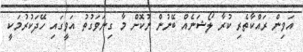
އަވިން ރައްކާތެރި ކުރާ ލޯޝަނެއް ބޭނުން ނުކޮށް މާ ގިނަވަގުތު އަވީގައި ހޭދަކުރުމަކީ